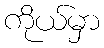
ကိုယ်မှာ